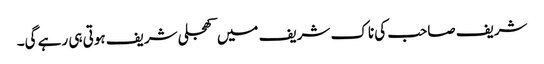
شریف صاحب کی ناک شریف میں کھجلی شریف ہوتی ہی رہے گی۔